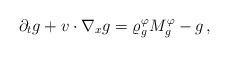
LaTeX: \begin{align*}\partial_t g + v\cdot \nabla_x g = \varrho_g^\varphi M_g^\varphi - g\,,\end{align*}